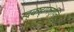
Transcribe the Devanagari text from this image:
स्द्क्ष्ह्ग्फ्तुय्त्कि